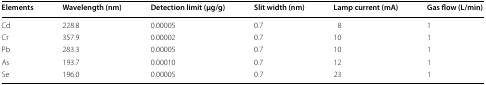
| Elements | Wavelength (nm) | Detection limit (μg/g) | Slit width (nm) | Lamp current (mA) | Gas flow (L/min) |
 | --- | --- | --- | --- | --- | --- |
 | Cd | 228.8 | 0.00005 | 0.7 | 8 | 1 |
 | Cr | 357.9 | 0.00002 | 0.7 | 10 | 1 |
 | Pb | 283.3 | 0.00005 | 0.7 | 10 | 1 |
 | As | 193.7 | 0.00010 | 0.7 | 12 | 1 |
 | Se | 196.0 | 0.00005 | 0.7 | 23 | 1 |